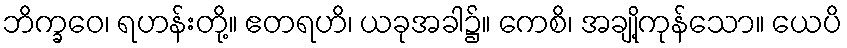
ဘိက္ခဝေ၊ ရဟန်းတို့။ ဧတရဟိ၊ ယခုအခါ၌။ ကေစိ၊ အချို့ကုန်သော။ ယေပိ